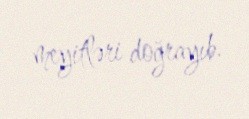
meyitləri doğrayıb.